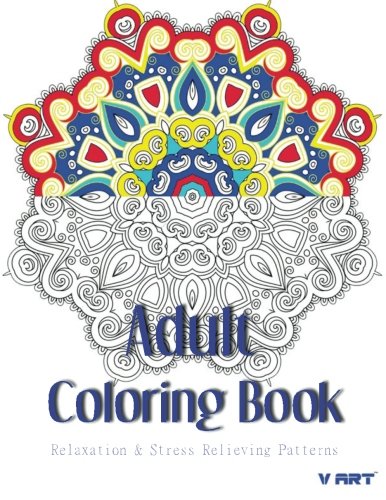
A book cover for Adult Coloring Book: Coloring Books For Adults : Relaxation & Stress Relieving Patterns (Volume 31); Coloring Books For Adults; Arts & Photography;